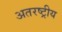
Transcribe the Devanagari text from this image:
अतरष्ट्रीय